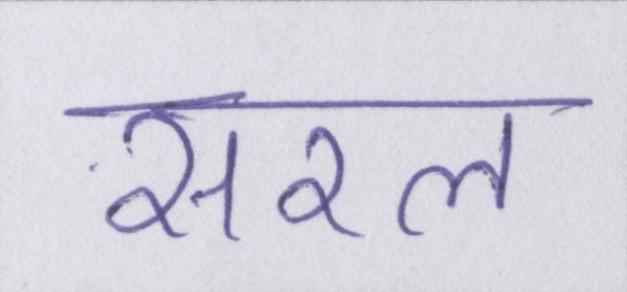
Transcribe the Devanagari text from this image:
सरल